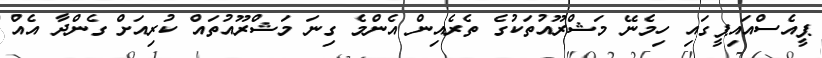
ޕީއެސްއައިޕީގައި ހިމެނޭ މަޝްރޫއުތަކުގެ ތެރެއިން އެންމެ ގިނަ މަޝްރޫއުތައް ކުރިއަށް ގެންދާ އެއް